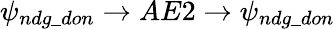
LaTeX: \psi_{ndg\_ don}\rightarrow AE2\rightarrow\psi_{ndg\_ don}